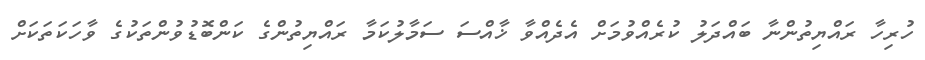
ހުރިހާ ރައްޔިތުންނާ ބައްދަލު ކުރެއްވުމަށް އެދެއްވާ ޚާއްސަ ސަމާލުކަމާ ރައްޔިތުންގެ ކަންބޮޑުވުންތަކުގެ ވާހަކަތަކަށް